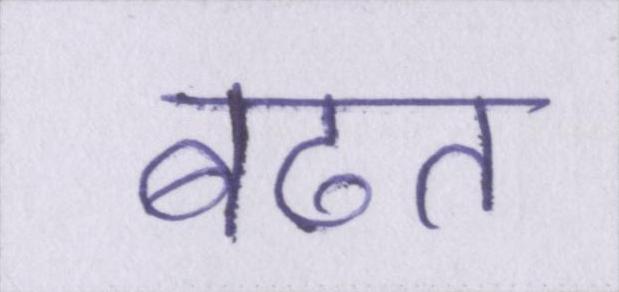
बढत